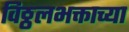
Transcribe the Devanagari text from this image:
विठ्ठलभक्ताच्या